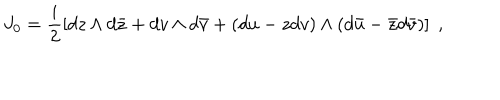
J _ { 0 } = \frac { i } { 2 } \left[ d z \wedge d \bar { z } + d v \wedge d { \bar { v } } + ( d u - z d v ) \wedge ( d { \bar { u } } - { \bar { z } } d { \bar { v } } ) \right] \; ,